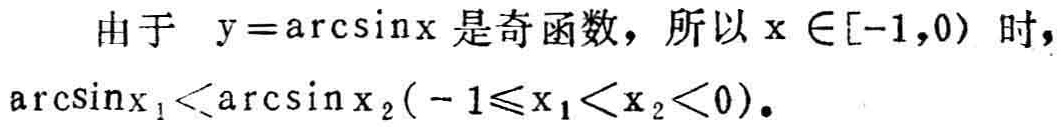
由于 \(y = \arcsin x\) 是奇函数，所以 \(x \in [-1,0)\) 时，\(\arcsin x_{1}<\arcsin x_{2}(-1\leqslant x_{1}<x_{2}<0)\)。